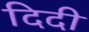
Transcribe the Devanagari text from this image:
दिदी